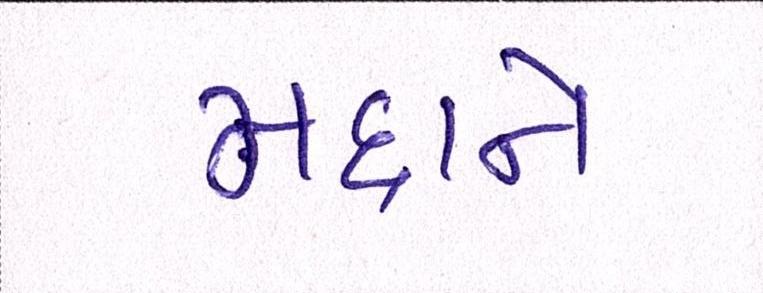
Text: મદ્દાને